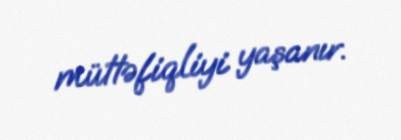
müttəfiqliyi yaşanır.